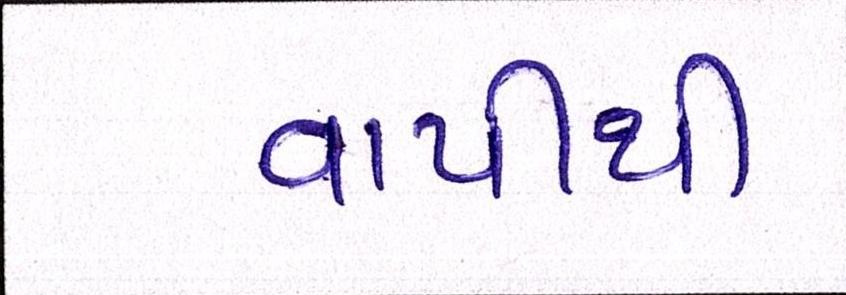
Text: વાપીથી